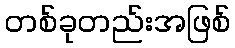
တစ်ခုတည်းအဖြစ်